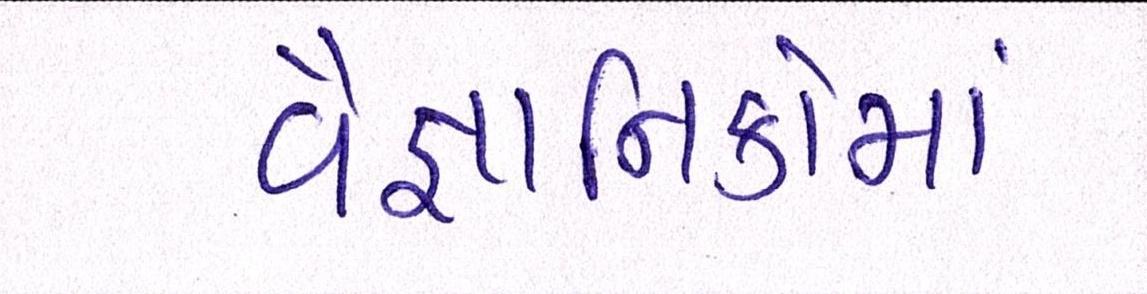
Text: વૈજ્ઞાાનિકોમાં